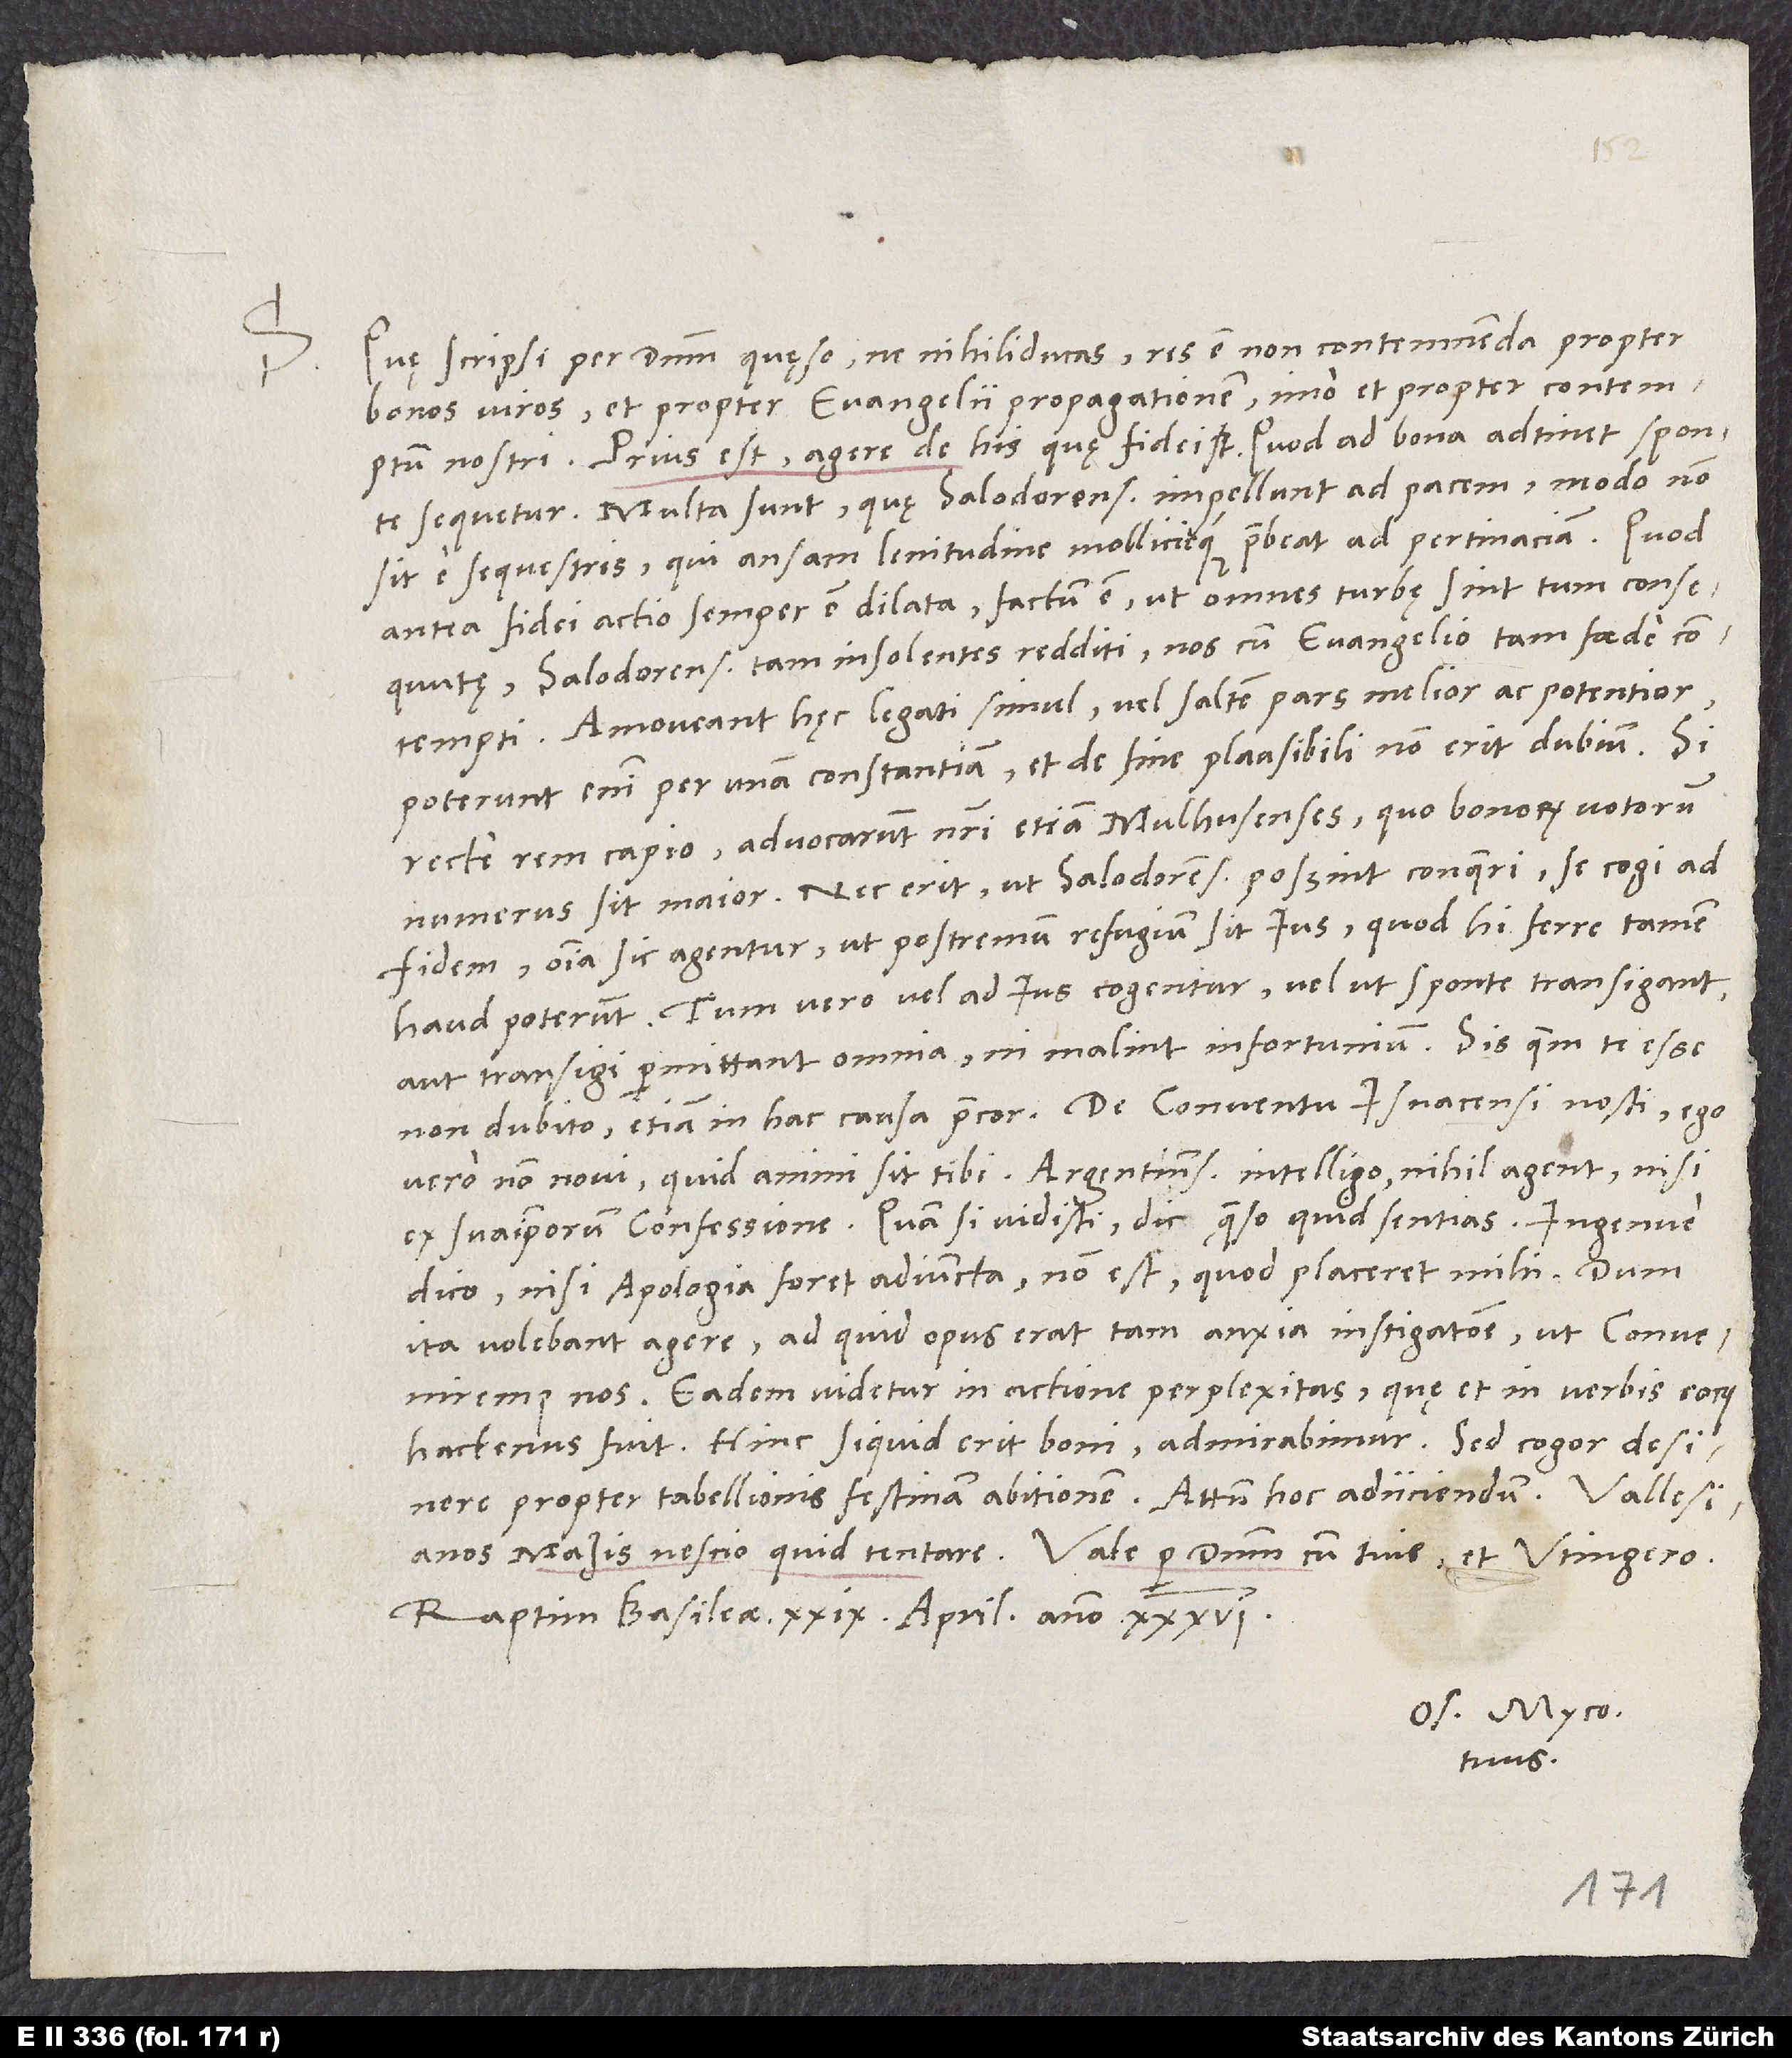
S.

Quę scripsi, per dominum quęso, ne nihiliducas; res est non contemnenda propter
bonos viros et propter evangelii propagationem, imo et propter contemptum
nostri. Prius est agere de his, quę fidei sunt. Quod ad bona adtinet, sponte
sequetur. Multa sunt, quę Salodorenses impellunt ad pacem, modo non
sit e sequestris, qui ansam lenitudine mollicieque praebeat ad pertinaciam. Quod
antea fidei actio semper est dilata, factum est, ut omnes turbe sint tum consequutę,
Salodorenses tam insolentes redditi, nos cum evangelio tam foede
contempti. Amoveant hęc legati simul vel saltem pars melior ac potentior
poterunt enim per unam constantiam -, et de fine plausibili non erit dubium. Si
recte rem capio, advocarunt nostri etiam Mulhusenses, quo bonorum votorum
numerus sit maior. Nec erit, ut Salodorenses possint conqueri se cogi ad
fidem. Omnia sic agentur, ut postremum refugium sit ius, quod hi ferre tamen
haud poterunt. Tum vero vel ad ius cogentur vel ut sponte transigant
aut transigi permittant omnia, ni malint infortunium. Sis, quem te esse
vero non novi, quid animi sit tibi. Argentinenses, intelligo, nihil agent nisi
ex suaipsorum confessione. Quam si vidisti, dic, quaeso, quid sentias. Ingenue
dico: Nisi apologia foret adiuncta, non est, quod placeret mihi. Dum
ita volebant agere, ad quid opus erat tam anxia instigatione, ut conveniremus
nos? Eadem videtur in actione perplexitas, quae et in verbis eorum
hactenus fuit. Hinc si quid erit boni, admirabimur. Sed cogor desinere
Raptim, Basileae, 29. aprilis anno 36.
Os. Myco.
tuus.